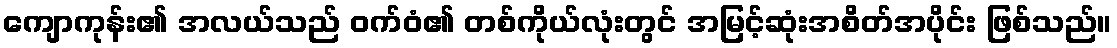
ကျောကုန်း၏ အလယ်သည် ဝက်ဝံ၏ တစ်ကိုယ်လုံးတွင် အမြင့်ဆုံးအစိတ်အပိုင်း ဖြစ်သည်။